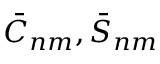
\bar { C } _ { n m } , \bar { S } _ { n m }